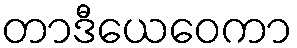
တာဒီယေဝေကာ